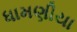
ધામણીયા